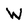
Character: W